Scottish Leaving Certificate Examination, 1955
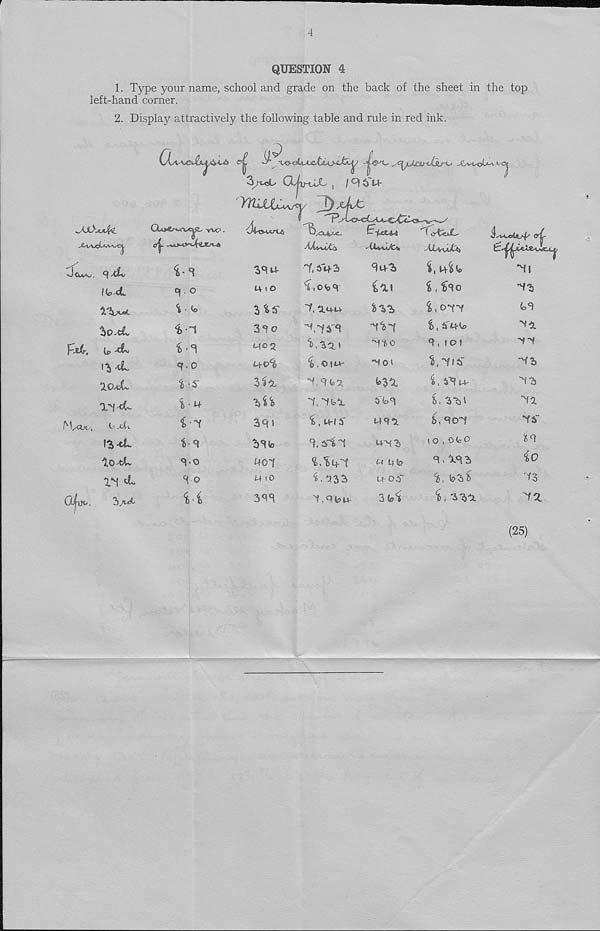
4
QUESTION 4
1. Type your name, school and grade on the back of the sheet in the top
left-hand corner.
2. Display attractively the following table and rule in red ink.
OyAsS^-llLjA&Ui
*M>jvdk.
'Jcww. ^
I (o-dv.
^o-dv
U> -dv
11) dv.
IoaJL
I't-tL
N/Ox...
t-
1^-tL
lo^fcU
i*d d.
oi IK-.
3/ut
Cti>e^wv<^c- y«? .
°l ' °
^ • to
£
<P 0
t 'i'
i-1
s-o
So
ii
3yccL^ OdirthO |
y^ujuu^^Y
q6'w-
39 U-
4(0
3So
3U
3qi
3S(o
hc-i
M iO
3SS
Xivwiti
T, s'tf3
^,o<s9'
~1, lUrU
i < © I w-
•S.SioO.
'f, •Sbl.
^ , LVfS'
9, sin
^ nss
s.q^u-
Cas
iin
li.o
•moi
(<>31
S'<o9
u-^3
!4 to
U-Oi"
3bi
TbwiX<>
i i
W
S , Sso
^ , Oil
£, S'ifrk)
S,io)
i, s’Su'
^,31'
b, 901
1 O , O <0 O
9,^93
^j,
i, 331.
&{r
*11
13
bS
11.
91
13
93
9a
96"
io
93
ia
(25)